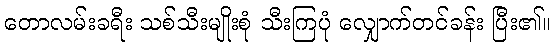
တောလမ်းခရီး သစ်သီးမျိုးစုံ သီးကြပုံ လျှောက်တင်ခန်း ပြီး၏။